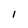
Character: 1